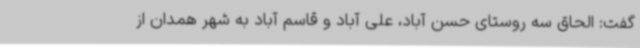
گفت: الحاق سه روستای حسن آباد، علی آباد و قاسم آباد به شهر همدان از